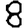
Digit: 8